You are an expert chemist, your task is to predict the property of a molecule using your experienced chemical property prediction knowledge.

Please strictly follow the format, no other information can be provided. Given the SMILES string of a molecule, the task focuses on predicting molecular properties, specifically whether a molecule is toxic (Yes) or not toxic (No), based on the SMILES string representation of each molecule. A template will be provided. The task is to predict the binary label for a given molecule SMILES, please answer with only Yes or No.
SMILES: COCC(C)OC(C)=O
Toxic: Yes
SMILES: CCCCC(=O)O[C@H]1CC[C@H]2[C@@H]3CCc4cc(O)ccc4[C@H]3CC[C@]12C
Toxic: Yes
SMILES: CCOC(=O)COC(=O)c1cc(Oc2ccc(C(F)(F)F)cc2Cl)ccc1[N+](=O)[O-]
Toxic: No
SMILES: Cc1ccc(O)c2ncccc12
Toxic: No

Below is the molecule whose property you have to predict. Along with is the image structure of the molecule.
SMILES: CCO[Si](OCC)(OCC)c1ccccc1
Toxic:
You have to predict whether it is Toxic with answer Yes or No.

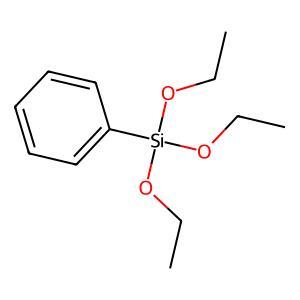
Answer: No